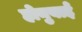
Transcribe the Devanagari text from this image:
होनुबाई